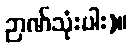
ဉာဏ်သုံးပါး)။